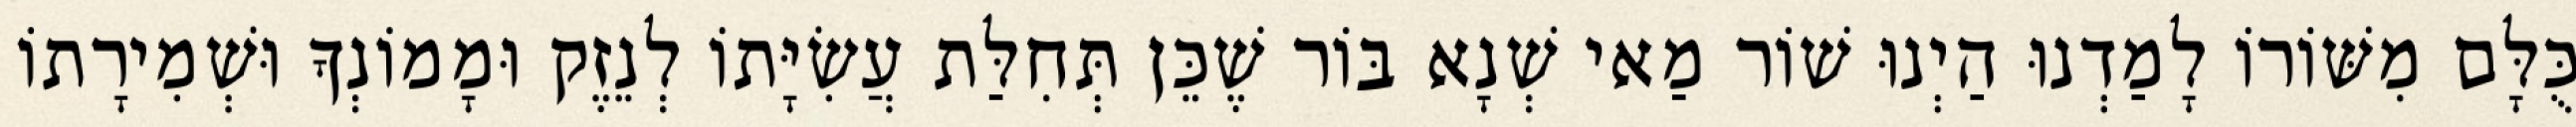
כֻּלָּם מִשּׁוֹרוֹ לָמַדְנוּ הַיְנוּ שׁוֹר מַאי שְׁנָא בּוֹר שֶׁכֵּן תְּחִלַּת עֲשִׂיָּתוֹ לְנֵזֶק וּמָמוֹנְךָ וּשְׁמִירָתוֹ